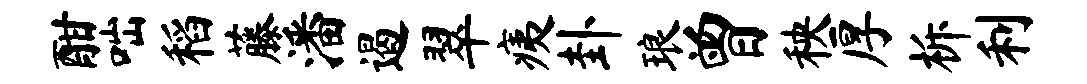
酣咄稻藤潘遏翠痍卦琅曾秧厚柝利